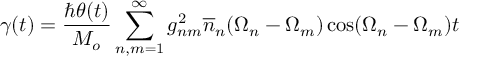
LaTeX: \gamma ( t ) = \frac { \hbar \theta ( t ) } { M _ { o } } \sum _ { n , m = 1 } ^ { \infty } g _ { n m } ^ { 2 } \overline { { { n } } } _ { n } ( \Omega _ { n } - \Omega _ { m } ) \cos ( \Omega _ { n } - \Omega _ { m } ) t